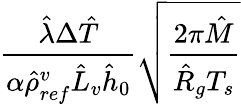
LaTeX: \frac{\hat{\lambda}\Delta\hat{T}}{\alpha\hat{\rho}_{ref}^{v}\hat{L}_{v}\hat{h}_{0}}\sqrt{\frac{2\pi\hat{M}}{\hat{R}_{g}T_{s}}}